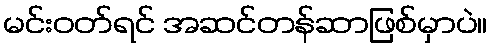
မင်းဝတ်ရင် အဆင်တန်ဆာဖြစ်မှာပဲ။